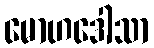
မောဟဒေါသာ